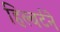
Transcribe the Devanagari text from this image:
हिल्बर्टने